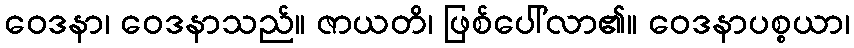
ဝေဒနာ၊ ဝေဒနာသည်။ ဇာယတိ၊ ဖြစ်ပေါ်လာ၏။ ဝေဒနာပစ္စယာ၊